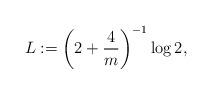
LaTeX: \begin{align*}L:=\bigg(2+\frac{4}{m}\bigg)^{-1}\log 2,\end{align*}